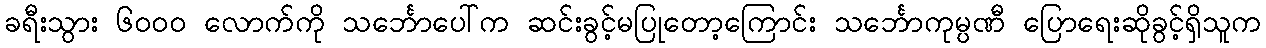
ခရီးသွား ၆၀၀၀ လောက်ကို သင်္ဘောပေါ်က ဆင်းခွင့်မပြုတော့ကြောင်း သင်္ဘောကုမ္ပဏီ ပြောရေးဆိုခွင့်ရှိသူက